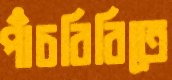
পাঁচবিবিতে